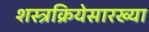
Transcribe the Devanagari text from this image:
शस्त्रक्रियेसारख्या